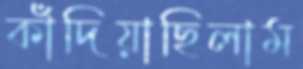
কাঁদিয়াছিলাম